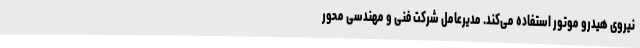
نیروی هیدرو موتور استفاده می‌کند. مدیرعامل شرکت فنی و مهندسی محور